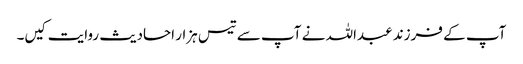
آپ کے فرزند عبداللہ نے آپ سے تیس ہزار احادیث روایت کیں۔